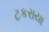
ટકરાયા